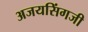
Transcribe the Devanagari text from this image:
अजयसिंगजी